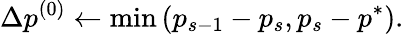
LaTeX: \Delta p^{(0)}\gets\operatorname*{min}\left(p_{s-1}-p_{s},p_{s}-p^{*}\right).